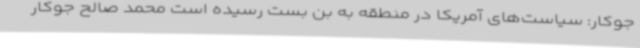
جوکار: سیاست‌های آمریکا در منطقه به بن بست رسیده است محمد صالح جوکار